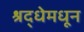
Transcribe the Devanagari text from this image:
श्रद्धेमधून